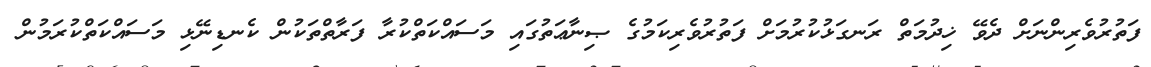
ފަތުރުވެރިންނަށް ދެވޭ ޚިދުމަތް ރަނގަޅުކުރުމަށް ފަތުރުވެރިކަމުގެ ޞިނާޢަތުގައި މަސައްކަތްކުރާ ފަރާތްތަކުން ކެނޑިނޭޅި މަސައްކަތްކުރަމުން